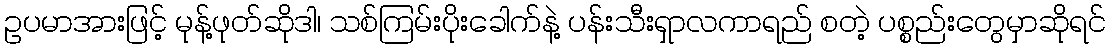
ဥပမာအားဖြင့် မုန့်ဖုတ်ဆိုဒါ၊ သစ်ကြမ်းပိုးခေါက်နဲ့ ပန်းသီးရှာလကာရည် စတဲ့ ပစ္စည်းတွေမှာဆိုရင်